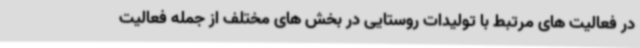
در فعالیت های مرتبط با تولیدات روستایی در بخش های مختلف از جمله فعالیت